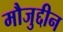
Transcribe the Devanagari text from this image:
मौजुद्दीन